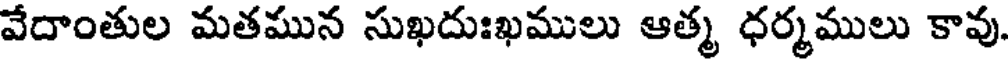
వేదాంతుల మతమున సుఖదుఃఖములు ఆత్మ ధర్మములు కావు.